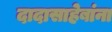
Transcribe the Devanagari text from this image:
दादासाहेबांना